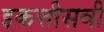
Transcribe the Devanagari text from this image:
इकत्तीसवी